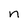
Character: n